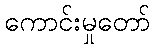
ကောင်းမှုတော်